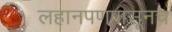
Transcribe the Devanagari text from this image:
लहानपणपासूनच